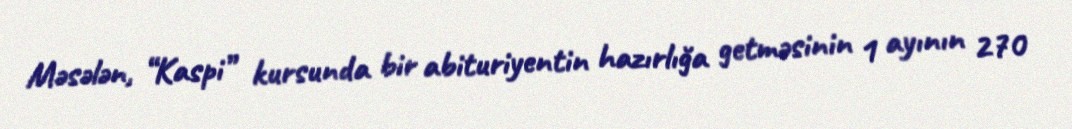
Məsələn, “Kaspi” kursunda bir abituriyentin hazırlığa getməsinin 1 ayının 270